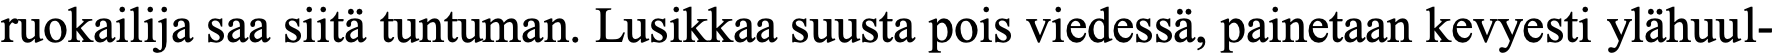
ruokailija saa siitä tuntuman. Lusikkaa suusta pois viedessä, painetaan kevyesti ylähuul-